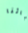
أبائنا